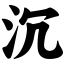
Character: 沉